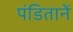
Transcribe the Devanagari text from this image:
पंडितानें